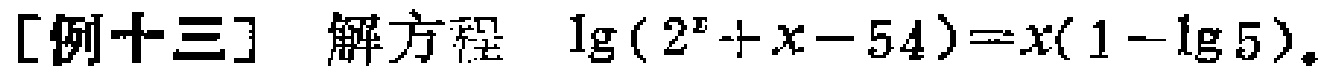
[例十三] 解方程 $\lg(2^{x}+x - 54)=x(1 - \lg5)$。